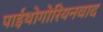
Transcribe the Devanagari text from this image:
पाईथोगोरियनवाद